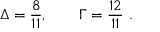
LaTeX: \Delta = \frac { 8 } { 1 1 } , \qquad \Gamma = \frac { 1 2 } { 1 1 } \ .